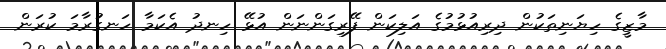
މާޒީގެ ހިޔަނިތަކުން ދިރިއުޅުމުގެ އަލިކަން ފޭރިގަންނަން އުޅޭ ހިނދު އެކަމާ ހަނގުރާމަ ކުރަން